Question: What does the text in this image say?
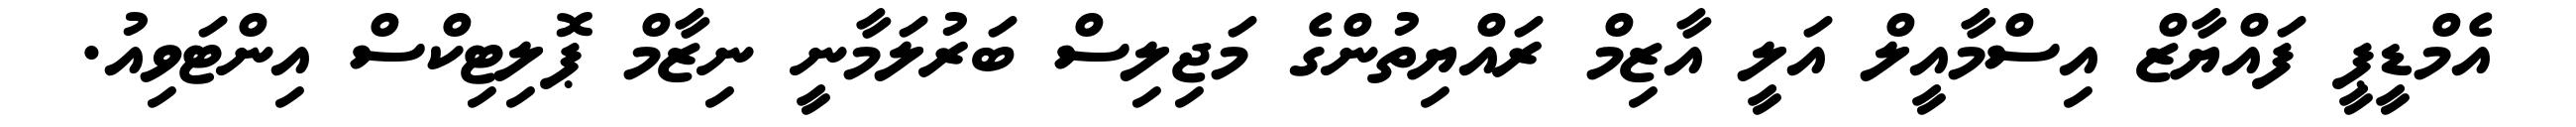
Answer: އެމްޑީޕީ ފައްޔާޒް އިސްމާއީލް އަލީ އާޒިމް ރައްޔިތުންގެ މަޖިލިސް ބަރުލަމާނީ ނިޒާމް ޕޮލިޓިކްސް އިންޓަވިއު.